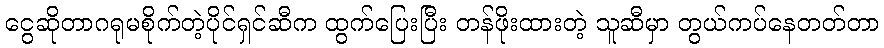
ငွေဆိုတာဂရုမစိုက်တဲ့ပိုင်ရှင်ဆီက ထွက်ပြေးပြီး တန်ဖိုးထားတဲ့ သူဆီမှာ တွယ်ကပ်နေတတ်တာ